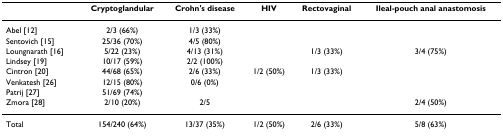
|  | Cryptoglandular | Crohn's disease | HIV | Rectovaginal | Ileal-pouch anal anastomosis |
 | --- | --- | --- | --- | --- | --- |
 | Abel [12] | 2/3 (66%) | 1/3 (33%) |  |  |  |
 | Sentovich [15] | 25/36 (70%) | 4/5 (80%) |  |  |  |
 | Loungnarath [16] | 5/22 (23%) | 4/13 (31%) |  | 1/3 (33%) | 3/4 (75%) |
 | Lindsey [19] | 10/17 (59%) | 2/2 (100%) |  |  |  |
 | Cintron [20] | 44/68 (65%) | 2/6 (33%) | 1/2 (50%) | 1/3 (33%) |  |
 | Venkatesh [26] | 12/15 (80%) | 0/6 (0%) |  |  |  |
 | Patrij [27] | 51/69 (74%) |  |  |  |  |
 | Zmora [28] | 2/10 (20%) | 2/5 |  |  | 2/4 (50%) |
 | Total | 154/240 (64%) | 13/37 (35%) | 1/2 (50%) | 2/6 (33%) | 5/8 (63%) |